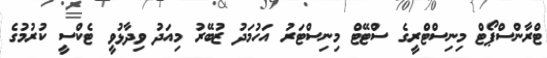
ޓްރާންސްޕޯޓް މިނިސްޓްރީގެ ސްޓޭޓް މިނިސްޓަރު އަހުމަދު ޒުބޭރު މިއަދު ވިދާޅުވީ ޓެކްސީ ކުރުމުގެ